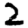
Digit: 2